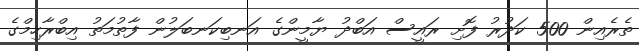
ތެރެއިން 500 ކަދުރު ފޮށި ރައީސް އަބްދު ޔާމީންގެ އަނބިކަނބަލުން ފާތުމަތު އިބްރާހިމްގެ